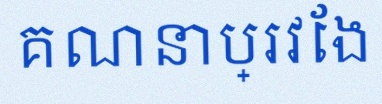
គណនាប្រវែង